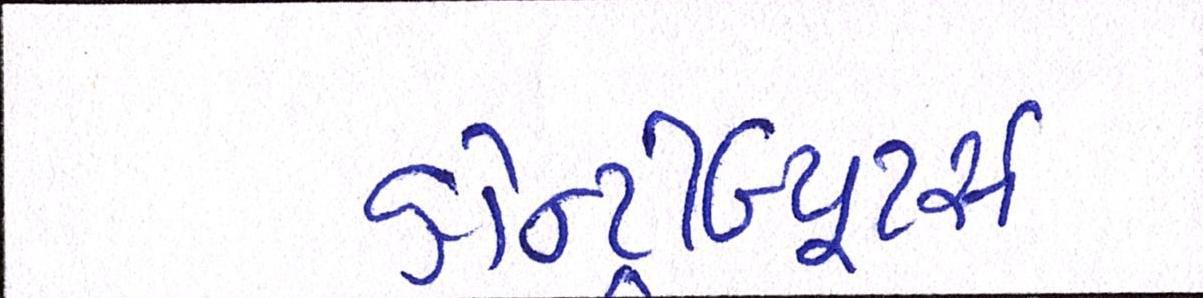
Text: કોન્ટ્રીબ્યૂટર્સઃ